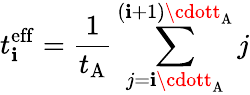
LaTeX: t_{\mathbf{i}}^{\mathrm{{eff}}}=\frac{{1}}{{t_{\mathrm{{A}}}}}\sum_{j=\mathbf{i}\cdott_{\mathrm{{A}}}}^{(\mathbf{i}+1)\cdott_{\mathrm{{A}}}}j